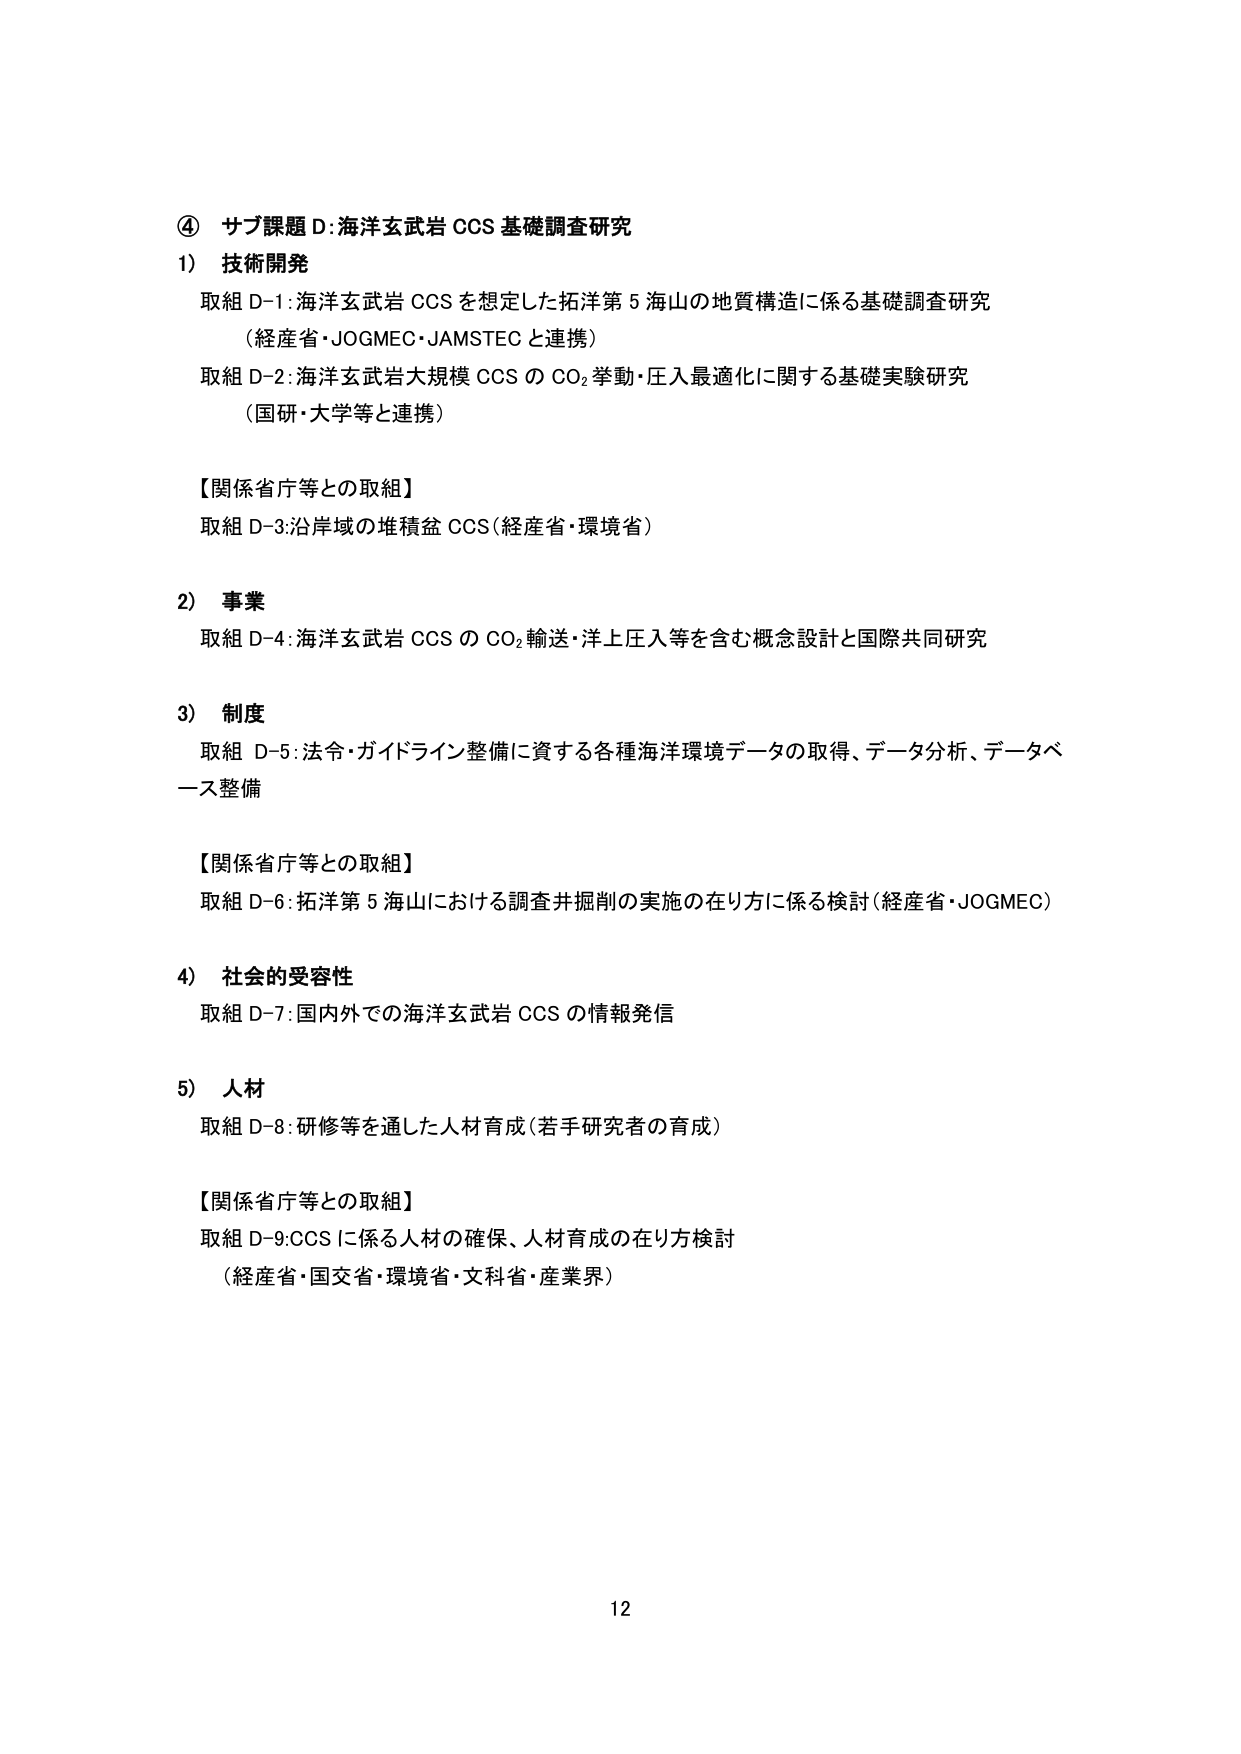
④ サブ課題D:海洋玄武岩 CCS 基礎調査研究
1) 技術開発
取組 D-1:海洋玄武岩 CCS を想定した拓洋第 5 海山の地質構造に係る基礎調査研究
（経産省・JOGMEC・JAMSTEC と連携）
取組 D-2:海洋玄武岩大規模 CCS の CO₂挙動・圧入最適化に関する基礎実験研究
（国研・大学等と連携）

【関係省庁等との取組】
取組 D-3:沿岸域の堆積盆 CCS（経産省・環境省）

2) 事業
取組 D-4:海洋玄武岩 CCS の CO₂輸送・洋上圧入等を含む概念設計と国際共同研究

3) 制度
取組 D-5:法令・ガイドライン整備に資する各種海洋環境データの取得、データ分析、データベース整備

【関係省庁等との取組】
取組 D-6:拓洋第 5 海山における調査井掘削の実施の在り方に係る検討（経産省・JOGMEC）

4) 社会的受容性
取組 D-7:国内外での海洋玄武岩 CCS の情報発信

5) 人材
取組 D-8:研修等を通した人材育成（若手研究者の育成）

【関係省庁等との取組】
取組 D-9:CCS に係る人材の確保、人材育成の在り方検討
（経産省・国交省・環境省・文科省・産業界）

12